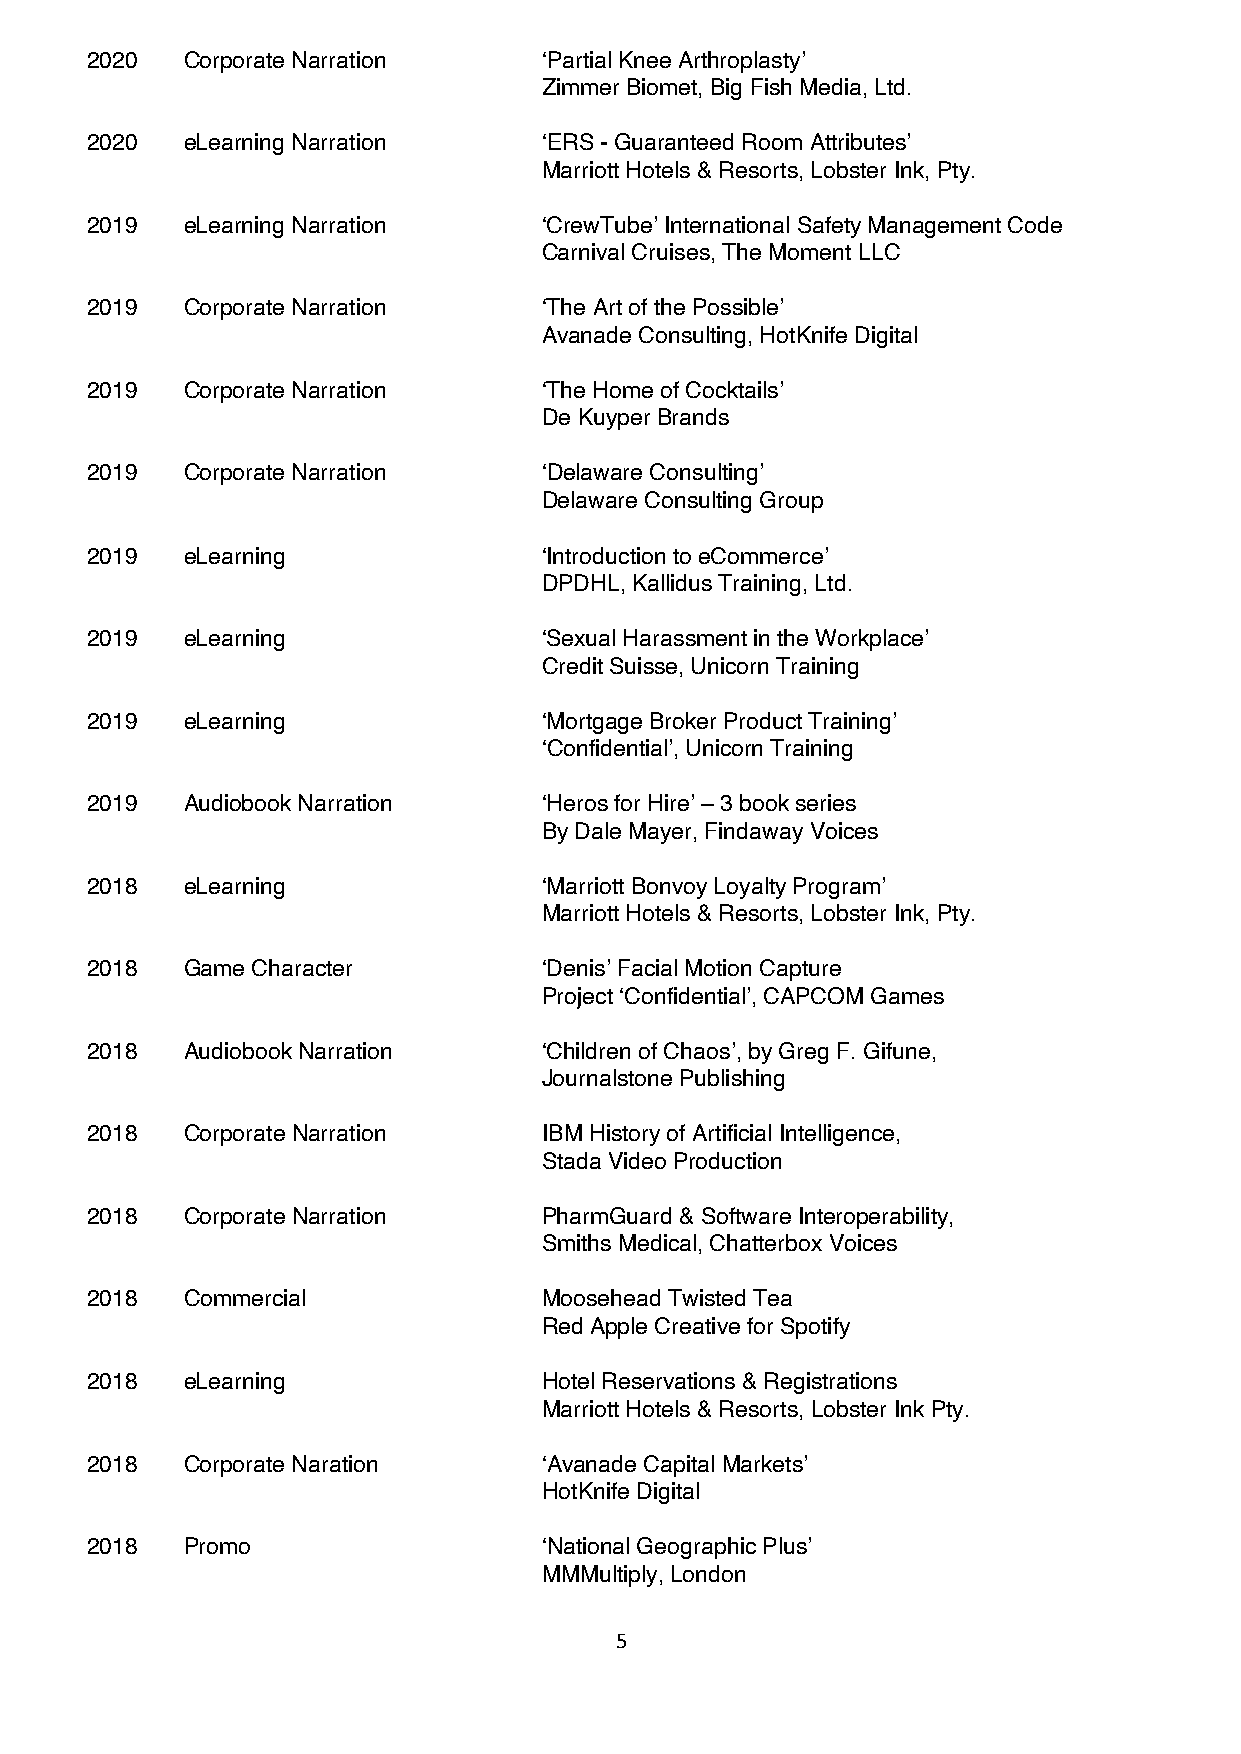
2020  Corporate Narration     ‘Partial Knee Arthroplasty’
 Zimmer Biomet, Big Fish Media, Ltd.
 2020  eLearning Narration     ‘ERS - Guaranteed Room Attributes’
 Marriott Hotels & Resorts, Lobster Ink, Pty.
 2019  eLearning Narration     ‘CrewTube’ International Safety Management Code
 Carnival Cruises, The Moment LLC
 2019  Corporate Narration     ‘The Art of the Possible’
 Avanade Consulting, HotKnife Digital
 2019  Corporate Narration     ‘The Home of Cocktails’
 De Kuyper Brands
 2019  Corporate Narration     ‘Delaware Consulting’
 Delaware Consulting Group
 2019  eLearning               ‘Introduction to eCommerce’
 DPDHL, Kallidus Training, Ltd.
 2019  eLearning               ‘Sexual Harassment in the Workplace’
 Credit Suisse, Unicorn Training
 2019  eLearning               ‘Mortgage Broker Product Training’
 ‘Confidential’, Unicorn Training
 2019  Audiobook Narration     ‘Heros for Hire’ – 3 book series
 By Dale Mayer, Findaway Voices
 2018  eLearning               ‘Marriott Bonvoy Loyalty Program’
 Marriott Hotels & Resorts, Lobster Ink, Pty.
 2018  Game Character          ‘Denis’ Facial Motion Capture
 Project ‘Confidential’, CAPCOM Games
 2018  Audiobook Narration     ‘Children of Chaos’, by Greg F. Gifune,
 Journalstone Publishing
 2018  Corporate Narration     IBM History of Artificial Intelligence,
 Stada Video Production
 2018  Corporate Narration     PharmGuard & Software Interoperability,
 Smiths Medical, Chatterbox Voices
 2018  Commercial              Moosehead Twisted Tea
 Red Apple Creative for Spotify
 2018  eLearning               Hotel Reservations & Registrations
 Marriott Hotels & Resorts, Lobster Ink Pty.
 2018  Corporate Naration      ‘Avanade Capital Markets’
 HotKnife Digital
 2018  Promo                   ‘National Geographic Plus’
 MMMultiply, London
 5